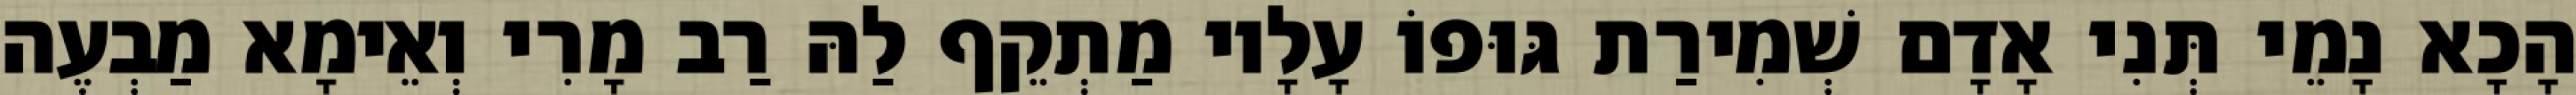
הָכָא נָמֵי תְּנִי אָדָם שְׁמִירַת גּוּפוֹ עָלָיו מַתְקֵף לַהּ רַב מָרִי וְאֵימָא מַבְעֶה